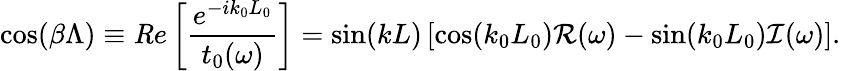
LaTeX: \cos({\beta\Lambda})\equiv{\mathit Re}\left[\frac{e^{-ik_{0}L_{0}}}{t_{0}(\omega)}\right]=\sin(kL)\left[\cos(k_{0}L_{0})\mathcal{R}(\omega)-\sin(k_{0}L_{0})\mathcal{I}(\omega)\right].